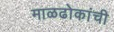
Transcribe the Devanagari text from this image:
माळढोकांची